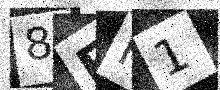
Text: 8FH1